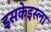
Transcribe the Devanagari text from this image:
इसकेइस्ला